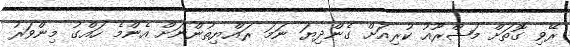
ރޭވި ގޮތަށް މަޝްރޫއު ކުރިއަށް ގެންދިޔަ ނަމަ ރައްޔިތުންނަށް އެންމެ ހައްގު މިންވަރު